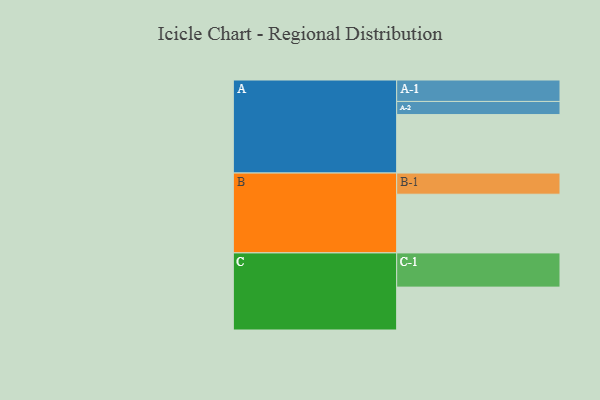
{"axis": {"x": "Segment", "y": "Value"}, "legend": ["", "A", "B", "C"], "data": [{"x": "A", "y": 458, "type": ""}, {"x": "B", "y": 460, "type": ""}, {"x": "C", "y": 336, "type": ""}, {"x": "A-1", "y": 168, "type": "A"}, {"x": "A-2", "y": 103, "type": "A"}, {"x": "B-1", "y": 166, "type": "B"}, {"x": "C-1", "y": 268, "type": "C"}]}